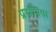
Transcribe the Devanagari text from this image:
प्रसंघिया